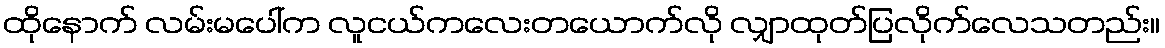
ထိုနောက် လမ်းမပေါ်က လူငယ်ကလေးတယောက်လို လျှာထုတ်ပြလိုက်လေသတည်း။